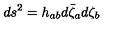
d s ^ { 2 } = h _ { a b } d \bar { \zeta } _ { a } d \zeta _ { b }